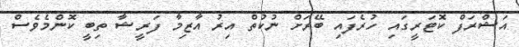
އަޝްރަފް ކޮޓަރީގައި ހުރެފައި ބޭރަށް ނުކުތް އިރު އާޒިމާ ފަރީޝާ ތިބީ ކޮންމެވެސް